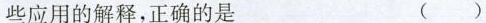
些应用的解释，正确的是 ()